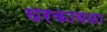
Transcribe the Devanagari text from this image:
घरकावळा